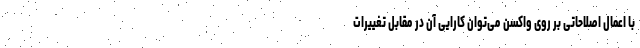
با اعمال اصلاحاتی بر روی واکسن می‌توان کارایی آن در مقابل تغییرات